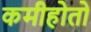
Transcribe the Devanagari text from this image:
कमीहोतो